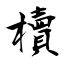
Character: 櫝